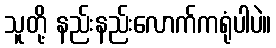
သူတို့ နည်းနည်းလောက်ကရုံပါပဲ။